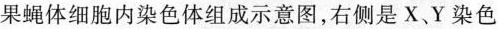
果蝇体细胞内染色体组成示意图，右侧是X、Y染色